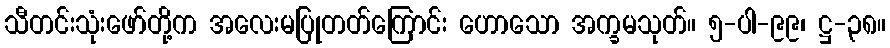
သီတင်းသုံးဖော်တို့က အလေးမပြုတတ်ကြောင်း ဟောသော အက္ခမသုတ်။ ၅-ပါ-၉၉၊ ဋ္ဌ-၃၈။